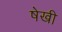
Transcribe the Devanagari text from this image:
षेखी